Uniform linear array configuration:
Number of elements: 8
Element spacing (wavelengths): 0.5
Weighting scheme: cosine
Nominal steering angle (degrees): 15
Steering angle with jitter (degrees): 13.526
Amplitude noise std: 0.05
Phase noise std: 0.05

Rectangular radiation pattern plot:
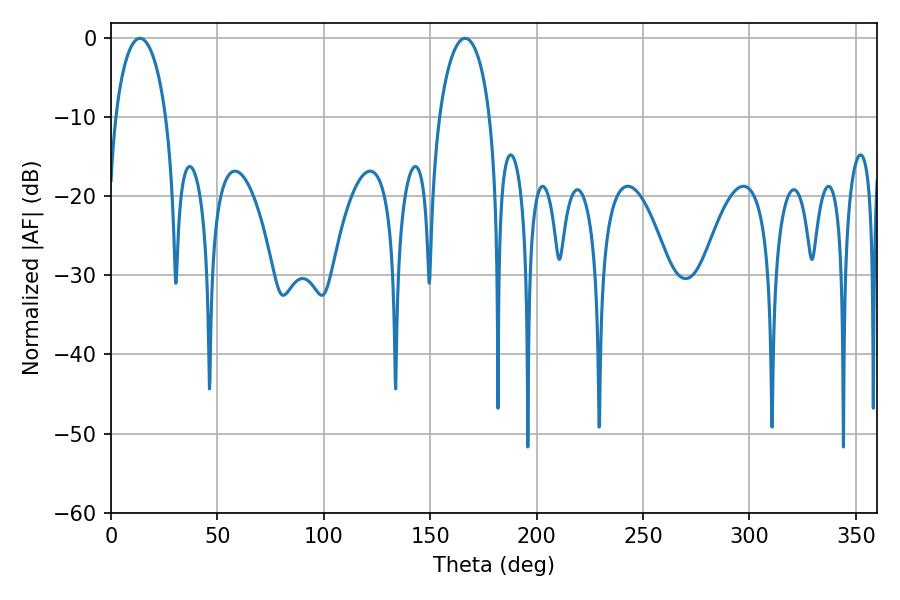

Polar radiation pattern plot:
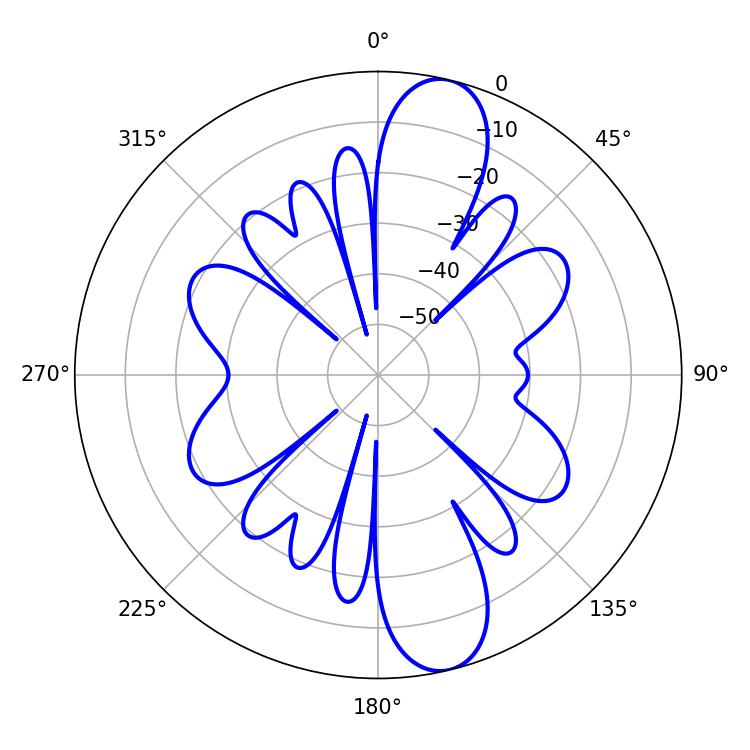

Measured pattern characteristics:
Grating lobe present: FALSE
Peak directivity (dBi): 12.269
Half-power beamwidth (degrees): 13.68
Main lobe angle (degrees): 13.68